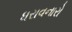
ધરાવનારો